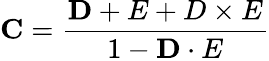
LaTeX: {\mathbf C}={\frac{\mathbf D+E+D\times E}{1-{\mathbf D\cdot E}}}